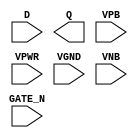
module sky130_fd_sc_ms__dlxtn (
    //# {{data|Data Signals}}
    input  D     ,
    output Q     ,

    //# {{clocks|Clocking}}
    input  GATE_N,

    //# {{power|Power}}
    input  VPB   ,
    input  VPWR  ,
    input  VGND  ,
    input  VNB
);
endmodule